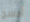
أمسح